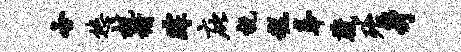
各悠杭榭踪庇祝糕奉葳殆身